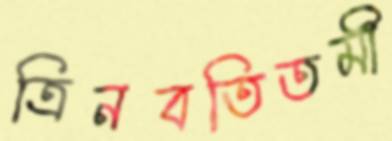
ত্রিনবতিতমী